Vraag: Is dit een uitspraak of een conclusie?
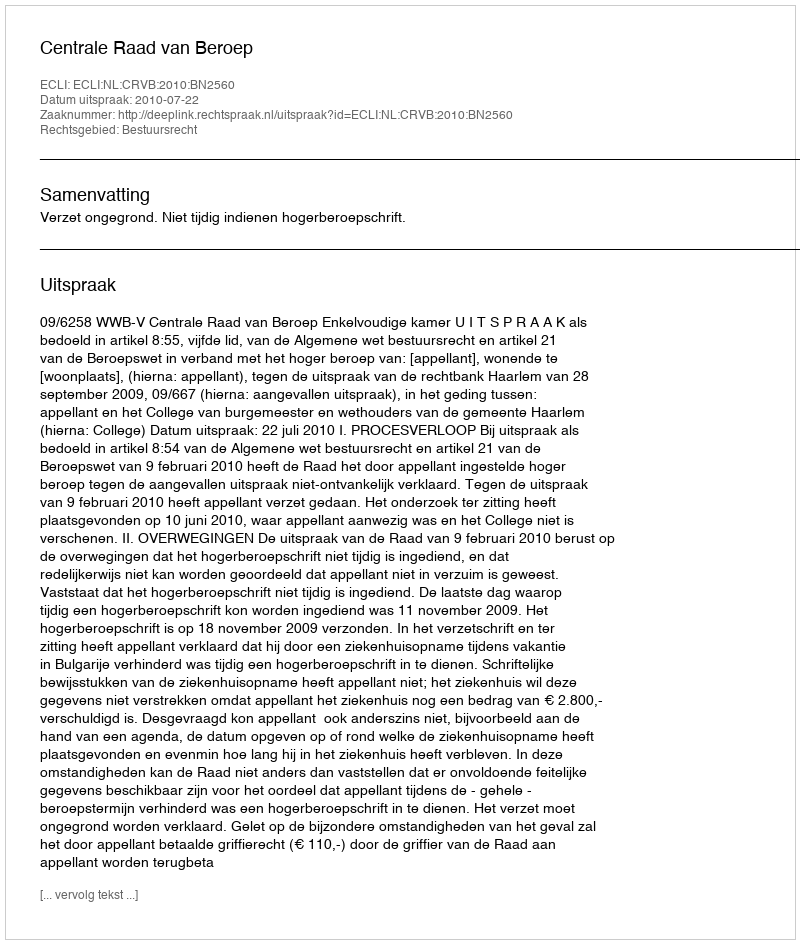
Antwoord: Uitspraak